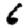
Digit: 6